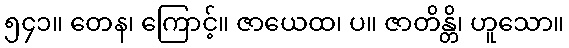
၅၄၁။ တေန၊ ကြောင့်။ ဇာယေထ၊ ပ။ ဇာတိန္တိ၊ ဟူသော။